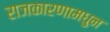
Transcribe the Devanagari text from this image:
राजकारणामधुन